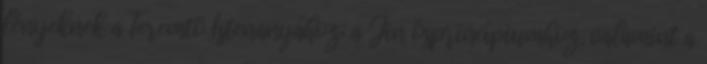
lényeknek a Teremtõ Istenanyához: a Jin õsprincípiumhoz, valamint a